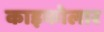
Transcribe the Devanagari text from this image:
काइकोलार